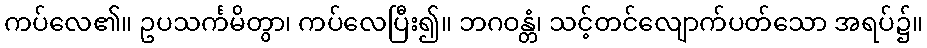
ကပ်လေ၏။ ဥပသင်္ကမိတွာ၊ ကပ်လေပြီး၍။ ဘဂဝန္တံ၊ သင့်တင်လျောက်ပတ်သော အရပ်၌။